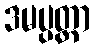
ဒမပ္ပတ္တာ